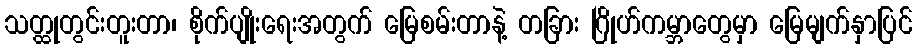
သတ္ထုတွင်းတူးတာ၊ စိုက်ပျိုးရေးအတွက် မြေစမ်းတာနဲ့ တခြား ဂြိုဟ်ကမ္ဘာတွေမှာ မြေမျက်နှာပြင်